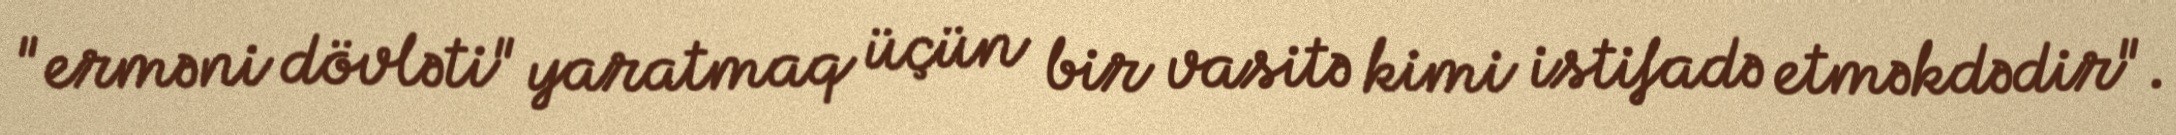
"erməni dövləti" yaratmaq üçün bir vasitə kimi istifadə etməkdədir".